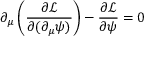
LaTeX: \partial _ { \mu } \left( { \frac { \partial { \mathcal { L } } } { \partial ( \partial _ { \mu } \psi ) } } \right) - { \frac { \partial { \mathcal { L } } } { \partial \psi } } = 0